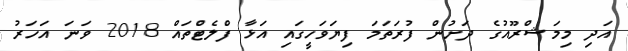
އަދި މިމަޝްރޫއުގެ ދަށުން ފުރަތަމަ ފިޔަވަހީގައި އަޅާ ފްލެޓްތައް 2018 ވަނަ އަހަރު